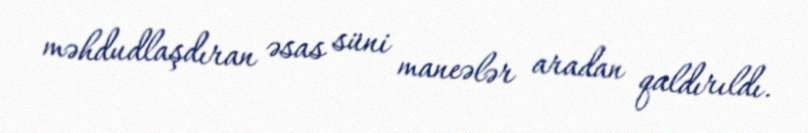
məhdudlaşdıran əsas süni maneələr aradan qaldırıldı.